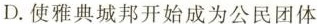
D.使雅典城邦开始成为公民团体